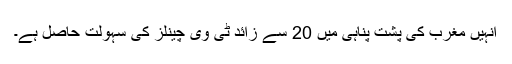
انہیں مغرب کی پشت پناہی میں 20 سے زائد ٹی وی چینلز کی سہولت حاصل ہے۔